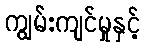
ကျွမ်းကျင်မှုနှင့်